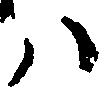
ハ